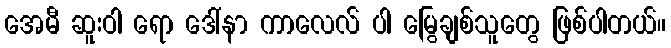
အေမီ ဆူးဝါ ရော ဒေါ်နာ ကာလေလ် ပါ မြွေချစ်သူတွေ ဖြစ်ပါတယ်။